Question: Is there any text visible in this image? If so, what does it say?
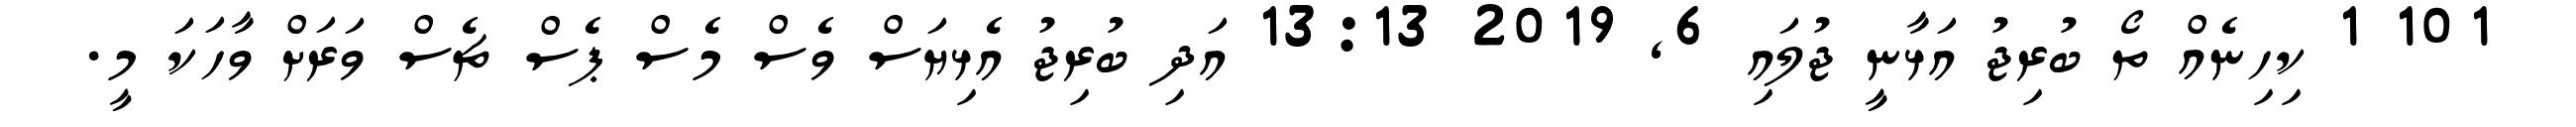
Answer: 101 1 ކިހިނެއް ތޯ ބުރިޖު އަޅާނީ ޖުލައި 6, 2019 13:13 އަދި ބުރިޖު އެޅިޔަސް ވެސް މެސް ޕެސް ޗެސް ވަރަށް ވާހަކަ މީ.